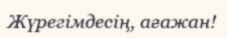
Жүрегімдесің, ағажан!